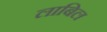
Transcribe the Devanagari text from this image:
लाबिल